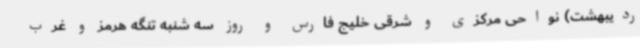
ردیبهشت) نواحی مرکزی و شرقی خلیج فارس و روز سه شنبه تنگه هرمز و غرب